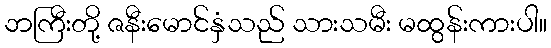
ဘကြီးတို့ ဇနီးမောင်နှံသည် သားသမီး မထွန်းကားပါ။